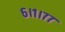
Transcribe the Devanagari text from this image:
६।१।७७